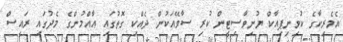
އެމެރިކާގެ ކުވިނިޕިއާކް ޔުނިވާސިޓީން ކުރި ސާވޭއަކުން ދެއްކި ގޮތުގައި އާއްމުންގެ މެދުގައި ރައީސް